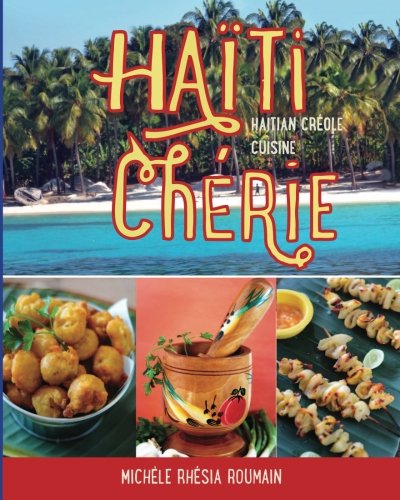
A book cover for Haiti Cherie, Haitian Creole Cuisine: Haitian Creole Cuisine; Michele Rhesia Roumain; Cookbooks, Food & Wine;